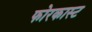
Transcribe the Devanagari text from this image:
फोरकास्ट